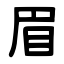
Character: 眉